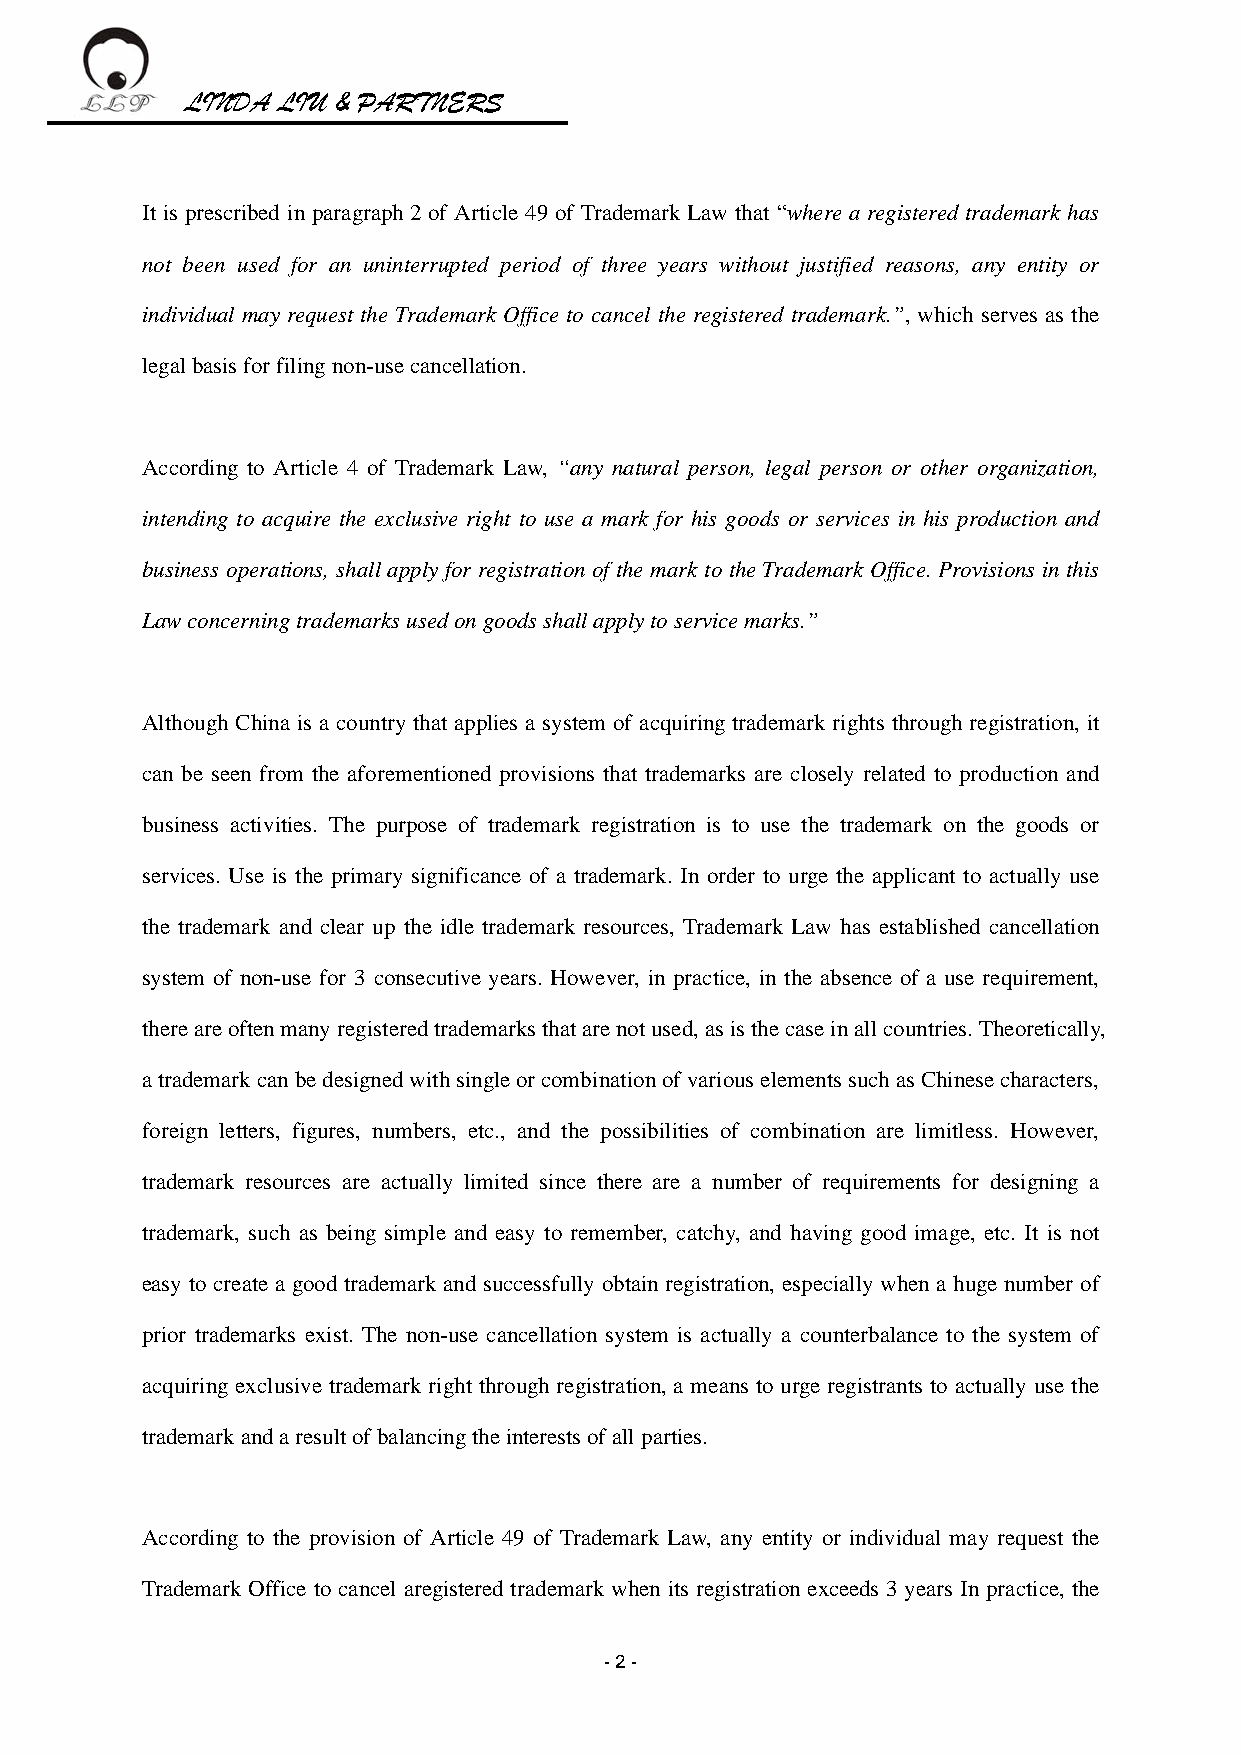
LINDA LIU & PARTNERS
 It is prescribed in paragraph 2 of Article 49 of Trademark Law that “where a registered trademark has
 not been used for an uninterrupted period of three years without justified reasons, any entity or
 individual may request the Trademark Office to cancel the registered trademark.”, which serves as the
 legal basis for filing non-use cancellation.
 According to Article 4 of Trademark Law, “any natural person, legal person or other organization,
 intending to acquire the exclusive right to use a mark for his goods or services in his production and
 business operations, shall apply for registration of the mark to the Trademark Office. Provisions in this
 Law concerning trademarks used on goods shall apply to service marks.”
 Although China is a country that applies a system of acquiring trademark rights through registration, it
 can be seen from the aforementioned provisions that trademarks are closely related to production and
 business activities. The purpose of trademark registration is to use the trademark on the goods or
 services. Use is the primary significance of a trademark. In order to urge the applicant to actually use
 the trademark and clear up the idle trademark resources, Trademark Law has established cancellation
 system of non-use for 3 consecutive years. However, in practice, in the absence of a use requirement,
 there are often many registered trademarks that are not used, as is the case in all countries. Theoretically,
 a trademark can be designed with single or combination of various elements such as Chinese characters,
 foreign letters, figures, numbers, etc., and the possibilities of combination are limitless. However,
 trademark resources are actually limited since there are a number of requirements for designing a
 trademark, such as being simple and easy to remember, catchy, and having good image, etc. It is not
 easy to create a good trademark and successfully obtain registration, especially when a huge number of
 prior trademarks exist. The non-use cancellation system is actually a counterbalance to the system of
 acquiring exclusive trademark right through registration, a means to urge registrants to actually use the
 trademark and a result of balancing the interests of all parties.
 According to the provision of Article 49 of Trademark Law, any entity or individual may request the
 Trademark Office to cancel aregistered trademark when its registration exceeds 3 years In practice, the
 - 2 -